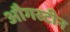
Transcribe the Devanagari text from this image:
औगस्टीन